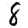
Digit: 8